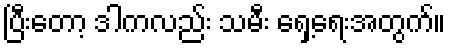
ပြီးတော့ ဒါကလည်း သမီး ရှေ့ရေးအတွက်။